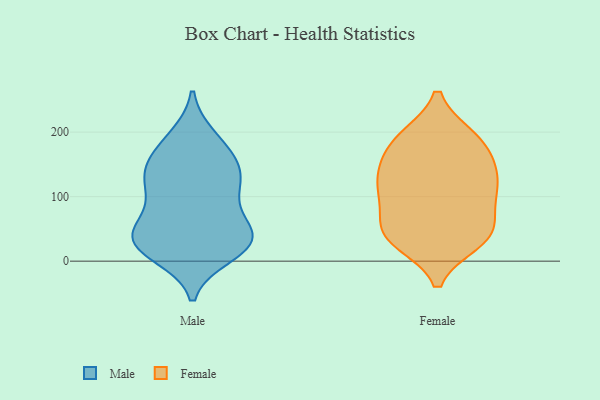
{"axis": {"x": "Market Share (%)", "y": "Value"}, "legend": ["Female", "Male"], "data": [{"x": "", "y": 51, "type": "Male"}, {"x": "", "y": 151, "type": "Male"}, {"x": "", "y": 24, "type": "Male"}, {"x": "", "y": 108, "type": "Male"}, {"x": "", "y": 28, "type": "Male"}, {"x": "", "y": 141, "type": "Male"}, {"x": "", "y": 117, "type": "Male"}, {"x": "", "y": 45, "type": "Male"}, {"x": "", "y": 162, "type": "Male"}, {"x": "", "y": 102, "type": "Male"}, {"x": "", "y": 22, "type": "Male"}, {"x": "", "y": 188, "type": "Male"}, {"x": "", "y": 53, "type": "Male"}, {"x": "", "y": 58, "type": "Male"}, {"x": "", "y": 27, "type": "Male"}, {"x": "", "y": 24, "type": "Male"}, {"x": "", "y": 119, "type": "Male"}, {"x": "", "y": 192, "type": "Male"}, {"x": "", "y": 10, "type": "Male"}, {"x": "", "y": 148, "type": "Male"}, {"x": "", "y": 192, "type": "Female"}, {"x": "", "y": 193, "type": "Female"}, {"x": "", "y": 30, "type": "Female"}, {"x": "", "y": 134, "type": "Female"}, {"x": "", "y": 33, "type": "Female"}, {"x": "", "y": 53, "type": "Female"}, {"x": "", "y": 92, "type": "Female"}, {"x": "", "y": 112, "type": "Female"}, {"x": "", "y": 114, "type": "Female"}, {"x": "", "y": 172, "type": "Female"}, {"x": "", "y": 150, "type": "Female"}, {"x": "", "y": 119, "type": "Female"}, {"x": "", "y": 41, "type": "Female"}, {"x": "", "y": 151, "type": "Female"}, {"x": "", "y": 50, "type": "Female"}, {"x": "", "y": 193, "type": "Female"}, {"x": "", "y": 89, "type": "Female"}, {"x": "", "y": 36, "type": "Female"}]}